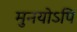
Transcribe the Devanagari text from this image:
मुनयोऽपि